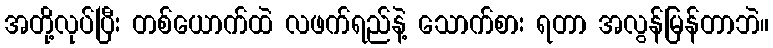
အတို့လုပ်ပြီး တစ်ယောက်ထဲ လဖက်ရည်နဲ့ သောက်စား ရတာ အလွန်မြန်တာဘဲ။